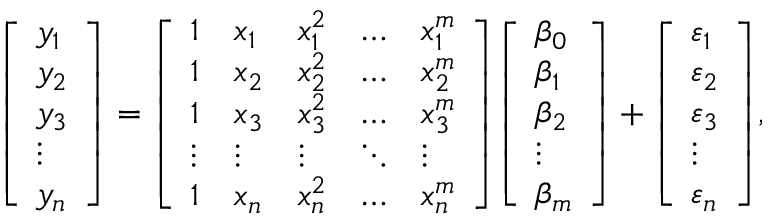
{ \left[ \begin{array} { l } { y _ { 1 } } \\ { y _ { 2 } } \\ { y _ { 3 } } \\ { \vdots } \\ { y _ { n } } \end{array} \right] } = { \left[ \begin{array} { l l l l l } { 1 } & { x _ { 1 } } & { x _ { 1 } ^ { 2 } } & { \dots } & { x _ { 1 } ^ { m } } \\ { 1 } & { x _ { 2 } } & { x _ { 2 } ^ { 2 } } & { \dots } & { x _ { 2 } ^ { m } } \\ { 1 } & { x _ { 3 } } & { x _ { 3 } ^ { 2 } } & { \dots } & { x _ { 3 } ^ { m } } \\ { \vdots } & { \vdots } & { \vdots } & { \ddots } & { \vdots } \\ { 1 } & { x _ { n } } & { x _ { n } ^ { 2 } } & { \dots } & { x _ { n } ^ { m } } \end{array} \right] } { \left[ \begin{array} { l } { \beta _ { 0 } } \\ { \beta _ { 1 } } \\ { \beta _ { 2 } } \\ { \vdots } \\ { \beta _ { m } } \end{array} \right] } + { \left[ \begin{array} { l } { \varepsilon _ { 1 } } \\ { \varepsilon _ { 2 } } \\ { \varepsilon _ { 3 } } \\ { \vdots } \\ { \varepsilon _ { n } } \end{array} \right] } ,